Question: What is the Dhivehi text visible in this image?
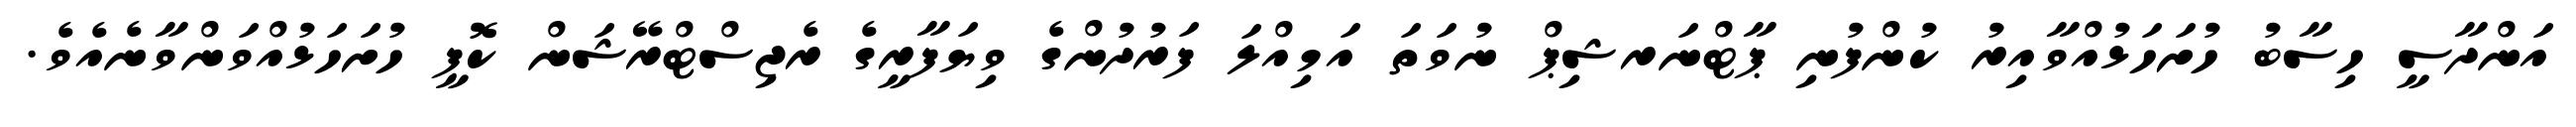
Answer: އަންދާސީ ހިސާބު ހުށަހަޅުއްވާއިރު ކުންފުނި ޕާޓްނަރޝިޕް ނުވަތަ އަމިއްލަ ފަރުދުންގެ ވިޔަފާރީގެ ރެޖިސްޓްރޭޝަން ކޮޕީ ހުށަހަޅުއްވަންވާނެއެވެ.